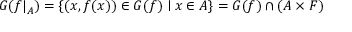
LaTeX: G ( { f | } _ { A } ) = \{ ( x , f ( x ) ) \in G ( f ) \mid x \in A \} = G ( f ) \cap ( A \times F )